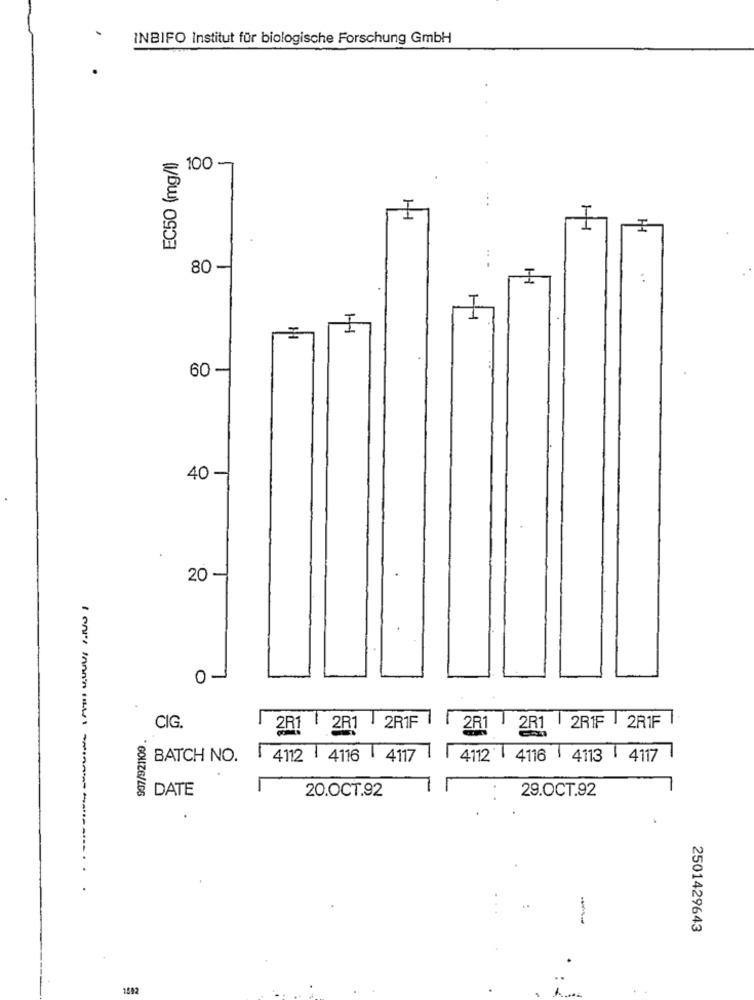
INBIFO Institut für biologische Forschung GmbH
EC50 (mg/l)
100
H-
80
I
1
1
60 -
40 -
20
01
CIG.
2R1 | 2R1 | 2R1F
2R1 | 2R1
2RIF 2R1F
BATCH NO.
4112 4116 4117
4112 | 4116 4113 | 4117
20.OCT.92
29.OCT.92
DATE
---
2501429643
1592